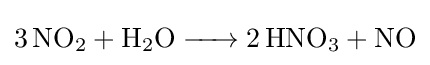
{\ce {3 NO2 + H2O -> 2 HNO3 + NO}}